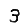
Digit: 3